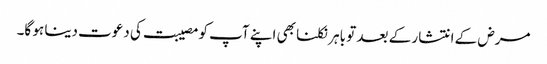
مرض کے انتشار کے بعد تو باہر نکلنا بھی اپنے آپ کو مصیبت کی دعوت دینا ہو گا۔